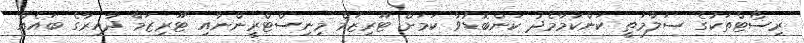
ރިސޯޓްތަކުގެ ސަލާމަތީ ކަންކަމާމެދު ކަންބޮޑުވާ ކަމަށް ޓޫރިޒަމް މިނިސްޓްރީންނާއި ޓޫރިޒަމް ދާއިރާގެ ބައެއް